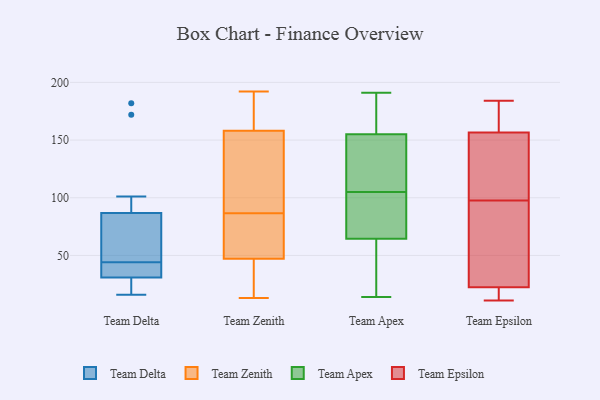
{"axis": {"x": "Demand Index", "y": "Value"}, "legend": ["Team Apex", "Team Delta", "Team Epsilon", "Team Zenith"], "data": [{"x": "", "y": 172, "type": "Team Delta"}, {"x": "", "y": 44, "type": "Team Delta"}, {"x": "", "y": 75, "type": "Team Delta"}, {"x": "", "y": 101, "type": "Team Delta"}, {"x": "", "y": 78, "type": "Team Delta"}, {"x": "", "y": 16, "type": "Team Delta"}, {"x": "", "y": 40, "type": "Team Delta"}, {"x": "", "y": 27, "type": "Team Delta"}, {"x": "", "y": 31, "type": "Team Delta"}, {"x": "", "y": 36, "type": "Team Delta"}, {"x": "", "y": 182, "type": "Team Delta"}, {"x": "", "y": 82, "type": "Team Delta"}, {"x": "", "y": 30, "type": "Team Delta"}, {"x": "", "y": 32, "type": "Team Zenith"}, {"x": "", "y": 82, "type": "Team Zenith"}, {"x": "", "y": 26, "type": "Team Zenith"}, {"x": "", "y": 91, "type": "Team Zenith"}, {"x": "", "y": 59, "type": "Team Zenith"}, {"x": "", "y": 192, "type": "Team Zenith"}, {"x": "", "y": 116, "type": "Team Zenith"}, {"x": "", "y": 73, "type": "Team Zenith"}, {"x": "", "y": 47, "type": "Team Zenith"}, {"x": "", "y": 168, "type": "Team Zenith"}, {"x": "", "y": 37, "type": "Team Zenith"}, {"x": "", "y": 81, "type": "Team Zenith"}, {"x": "", "y": 142, "type": "Team Zenith"}, {"x": "", "y": 13, "type": "Team Zenith"}, {"x": "", "y": 142, "type": "Team Zenith"}, {"x": "", "y": 158, "type": "Team Zenith"}, {"x": "", "y": 159, "type": "Team Zenith"}, {"x": "", "y": 191, "type": "Team Zenith"}, {"x": "", "y": 66, "type": "Team Apex"}, {"x": "", "y": 134, "type": "Team Apex"}, {"x": "", "y": 105, "type": "Team Apex"}, {"x": "", "y": 81, "type": "Team Apex"}, {"x": "", "y": 183, "type": "Team Apex"}, {"x": "", "y": 137, "type": "Team Apex"}, {"x": "", "y": 191, "type": "Team Apex"}, {"x": "", "y": 161, "type": "Team Apex"}, {"x": "", "y": 14, "type": "Team Apex"}, {"x": "", "y": 97, "type": "Team Apex"}, {"x": "", "y": 119, "type": "Team Apex"}, {"x": "", "y": 54, "type": "Team Apex"}, {"x": "", "y": 169, "type": "Team Apex"}, {"x": "", "y": 62, "type": "Team Apex"}, {"x": "", "y": 64, "type": "Team Apex"}, {"x": "", "y": 144, "type": "Team Epsilon"}, {"x": "", "y": 22, "type": "Team Epsilon"}, {"x": "", "y": 106, "type": "Team Epsilon"}, {"x": "", "y": 117, "type": "Team Epsilon"}, {"x": "", "y": 19, "type": "Team Epsilon"}, {"x": "", "y": 179, "type": "Team Epsilon"}, {"x": "", "y": 180, "type": "Team Epsilon"}, {"x": "", "y": 21, "type": "Team Epsilon"}, {"x": "", "y": 11, "type": "Team Epsilon"}, {"x": "", "y": 23, "type": "Team Epsilon"}, {"x": "", "y": 130, "type": "Team Epsilon"}, {"x": "", "y": 136, "type": "Team Epsilon"}, {"x": "", "y": 15, "type": "Team Epsilon"}, {"x": "", "y": 67, "type": "Team Epsilon"}, {"x": "", "y": 184, "type": "Team Epsilon"}, {"x": "", "y": 82, "type": "Team Epsilon"}, {"x": "", "y": 178, "type": "Team Epsilon"}, {"x": "", "y": 42, "type": "Team Epsilon"}, {"x": "", "y": 169, "type": "Team Epsilon"}, {"x": "", "y": 89, "type": "Team Epsilon"}]}